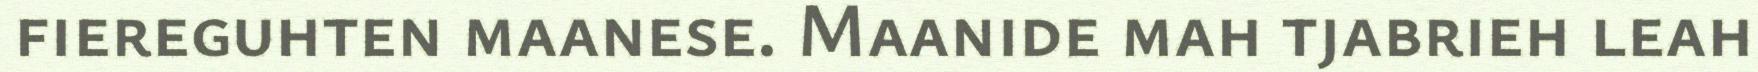
fiereguhten maanese. Maanide mah tjabrieh leah